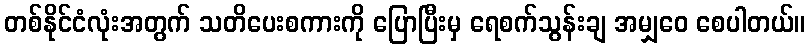
တစ်နိုင်ငံလုံးအတွက် သတိပေးစကားကို ပြောပြီးမှ ရေစက်သွန်းချ အမျှဝေ စေပါတယ်။